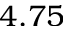
4 . 7 5